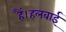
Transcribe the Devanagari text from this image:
हैं।हलवाई